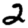
Digit: 2